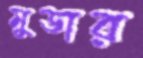
মুডার